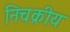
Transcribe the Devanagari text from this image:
निचक्रीय